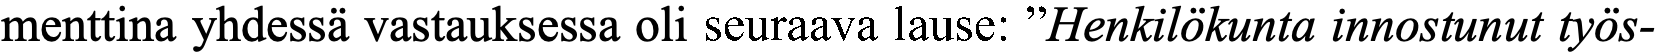
menttina yhdessä vastauksessa oli seuraava lause: ”Henkilökunta innostunut työs-